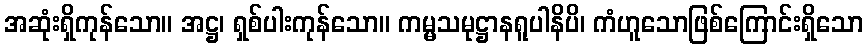
အဆုံးရှိကုန်သော။ အဋ္ဌ၊ ရှစ်ပါးကုန်သော။ ကမ္မသမုဋ္ဌာနရူပါနိပိ၊ ကံဟူသောဖြစ်ကြောင်းရှိသော